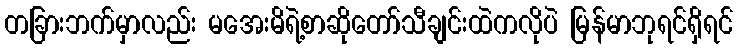
တခြားဘက်မှာလည်း မအေးမိရဲ့စာဆိုတော်သီချင်းထဲကလိုပဲ မြန်မာဘုရင်ရှိရင်